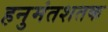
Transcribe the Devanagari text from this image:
हनुमंतशतक